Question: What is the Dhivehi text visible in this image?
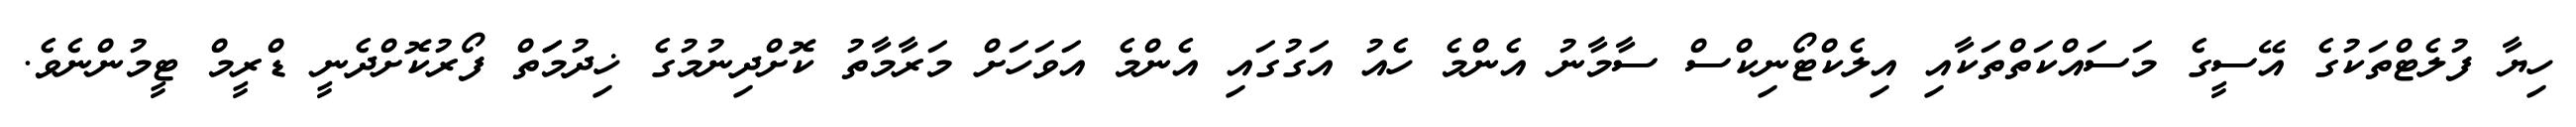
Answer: ހިޔާ ފުލެޓްތަކުގެ އޭސީގެ މަސައްކަތްތަކާއި އިލެކްޓޯނިކްސް ސާމާނު އެންމެ ހެއު އަގުގައި އެންމެ އަވަހަށް މަރާމާތު ކޮށްދިނުމުގެ ޚިދުމަަތް ފޯރުކޮށްދެނީ ޑްރީމް ޓީމުންނެވެ.